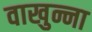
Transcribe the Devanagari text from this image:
वाखुन्ना